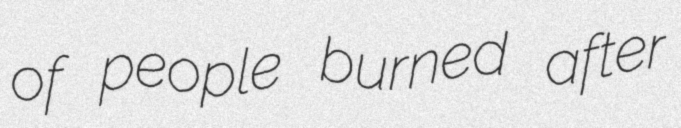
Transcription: of people burned after